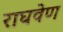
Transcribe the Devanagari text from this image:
राघवेण